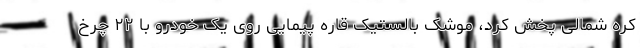
کره شمالی پخش کرد، موشک بالستیک قاره پیمایی روی یک خودرو با ۲۲ چرخ